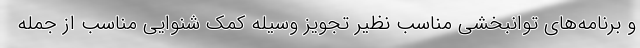
و برنامه‌های توانبخشی مناسب نظیر تجویز وسیله کمک شنوایی مناسب از جمله